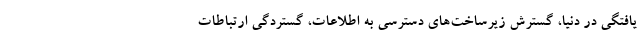
یافتگی در دنیا، گسترش زیرساخت‌های دسترسی به اطلاعات، گستردگی ارتباطات